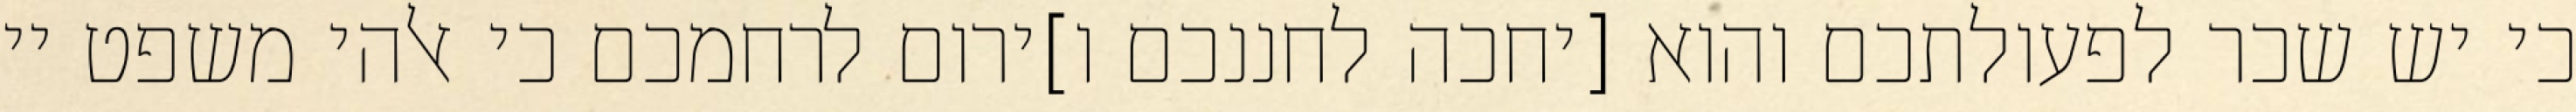
כי יש שכר לפעולתכם והוא [יחכה לחננכם ו]ירום לרחמכם כי אלהי משפט יי